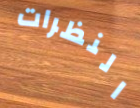
النظرات